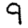
Digit: 9